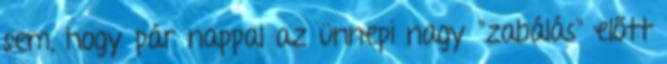
sem, hogy pár nappal az ünnepi nagy "zabálás" előtt